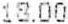
18.00